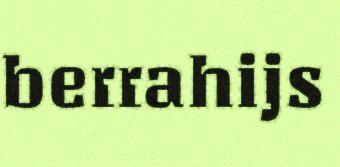
berrahijs